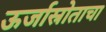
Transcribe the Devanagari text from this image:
ऊर्जास्रोताचा